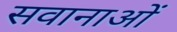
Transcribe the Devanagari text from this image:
सवानाओं